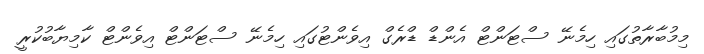
މިމުބާރާތުގައި ހިމެނޭ ސްޓަންޓް އެންޑް ޑްރެގް އިވެންޓުގައި ހިމެނޭ ސްޓަންޓް އިވެންޓް ކާމިޔާބުކުރީ